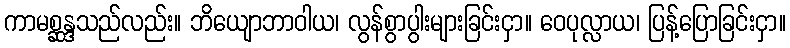
ကာမစ္ဆန္ဒသည်လည်း။ ဘိယျောဘာဝါယ၊ လွန်စွာပွါးများခြင်းငှာ။ ဝေပုလ္လာယ၊ ပြန့်ပြောခြင်းငှာ။